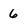
Character: 6